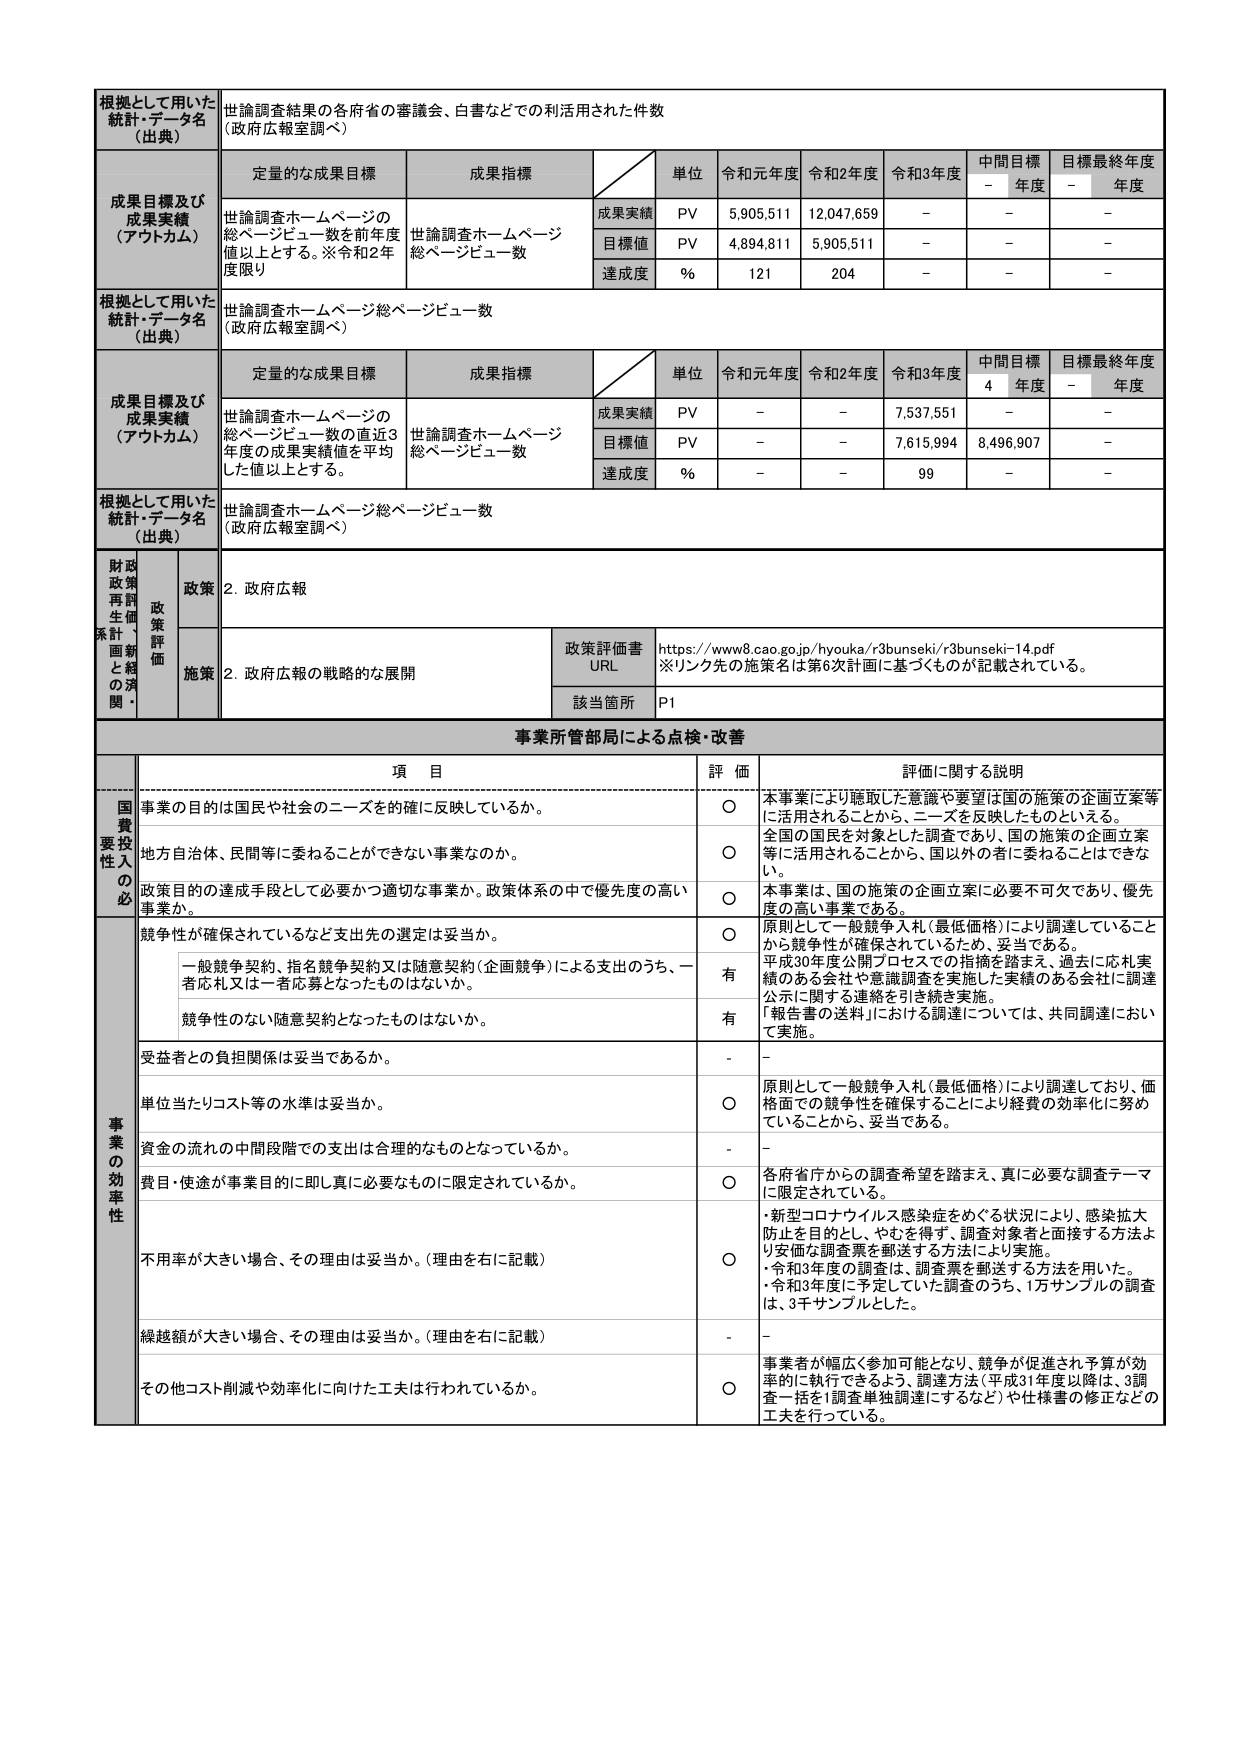
根拠として用いた
統計・データ名
（出典）
世論調査結果の各省庁の審議会、白書などでの利活用された件数
（政府広報室調べ）

成果目標及び
成果実績
（アウトカム）
定量的な成果目標
成果指標
単位
令和元年度
令和2年度
令和3年度
中間目標
- 年度
目標最終年度
- 年度

世論調査ホームページの
総ページビュー数を前年度
値以上とする。※令和2年度限り
世論調査ホームページ
総ページビュー数
成果実績
PV
5,905,511
12,047,659
-
-
-

目標値
PV
4,894,811
5,905,511
-
-
-

達成度
%
121
204
-
-
-

根拠として用いた
統計・データ名
（出典）
世論調査ホームページ総ページビュー数
（政府広報室調べ）

成果目標及び
成果実績
（アウトカム）
定量的な成果目標
成果指標
単位
令和元年度
令和2年度
令和3年度
中間目標
4 年度
目標最終年度
- 年度

世論調査ホームページの
総ページビュー数の直近3
年度の成果実績値を平均
した値以上とする。
世論調査ホームページ
総ページビュー数
成果実績
PV
-
-
7,537,551
-
-

目標値
PV
-
-
7,615,994
8,496,907
-

達成度
%
-
-
99
-
-

根拠として用いた
統計・データ名
（出典）
世論調査ホームページ総ページビュー数
（政府広報室調べ）

財政
政策
再評
価
生産
系計・
国新
と経
の深
関・
政策
2. 政府広報

政策評価書
URL
https://www8.cao.go.jp/hyouka/r3bunseki/r3bunseki-14.pdf
※リンク先の施策名は第6次計画に基づくものが記載されている。

施策
2. 政府広報の戦略的な展開

該当箇所
P1

事業所管部局による点検・改善

項 目
評 価
評価に関する説明

国
要
性
の
必
事業の目的は国民や社会のニーズを的確に反映しているか。
○
本事業により聴取した意識や要望は国の施策の企画立案等に活用されることから、ニーズを反映したものといえる。

地方自治体、民間等に委ねることができない事業なのか。
○
全国の国民を対象とした調査であり、国の施策の企画立案等に活用されることから、国以外の者に委ねることはできない。

政策目的の達成手段として必要かつ適切な事業か。政策体系の中で優先度の高い事業か。
○
本事業は、国の施策の企画立案に必要不可欠であり、優先度の高い事業である。

競争性が確保されているなど支出先の選定は妥当か。
○
原則として一般競争入札（最低価格）により調達していることから競争性が確保されているため、妥当である。
一般競争契約、指名競争契約又は随意契約（企画競争）による支出のうち、一者応札又は一者応募となったものはないか。
有
平成30年度公開プロセスでの指摘を踏まえ、過去に応札実績のある会社や意識調査を実施した実績のある会社に調達公示に関する連絡を引き続き実施。
「報告書の送料」における調達については、共同調達において実施。
競争性のない随意契約となったものはないか。
有

受益者との負担関係は妥当であるか。
-
-

事
業
の
効
率
性
単位当たりコスト等の水準は妥当か。
○
原則として一般競争入札（最低価格）により調達しており、価格面での競争性を確保することにより経費の効率化に努めていることから、妥当である。

資金の流れの中間段階での支出は合理的なものとなっているか。
-
-

費目・使途が事業目的に即し真に必要なものに限定されているか。
○
各府省庁からの調査希望を踏まえ、真に必要な調査テーマに限定されている。

不採用が大きい場合、その理由は妥当か。（理由を右に記載）
○
・新型コロナウイルス感染症をめぐる状況により、感染拡大防止を目的とし、やむを得ず、調査対象者と面接する方法より安価な調査票を郵送する方法により実施。
・令和3年度の調査は、調査票を郵送する方法を用いた。
・令和3年度に予定していた調査のうち、1万サンプルの調査は、3千サンプルとした。

繰越額が大きい場合、その理由は妥当か。（理由を右に記載）
-
-

その他コスト削減や効率化に向けた工夫は行われているか。
○
事業者が幅広く参加可能となり、競争が促進され予算が効率的に執行できるよう、調達方法（平成31年度以降は、3調査一括を1調査単独調達にするなど）や仕様書の修正などの工夫を行っている。